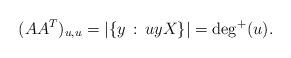
LaTeX: \begin{align*}(A A^T)_{u,u} = |\{y \,:\, uy X \}| = \deg^+(u).\end{align*}